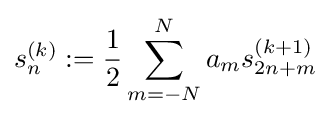
s_{n}^{(k)}:={\frac {1}{2}}\sum _{m=-N}^{N}a_{m}s_{2n+m}^{(k+1)}